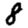
Digit: 8